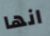
انها